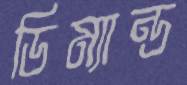
ডিম্যান্ড